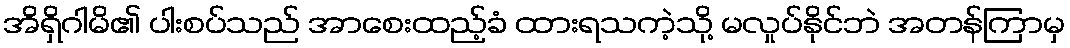
အိရှိဂါမိ၏ ပါးစပ်သည် အာစေးထည့်ခံ ထားရသကဲ့သို့ မလှုပ်နိုင်ဘဲ အတန်ကြာမှ